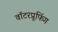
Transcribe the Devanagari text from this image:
वॉटरप्रूफिंग